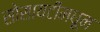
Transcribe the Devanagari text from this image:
सोसायटीमधून